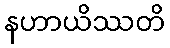
နဟာယိဿတိ